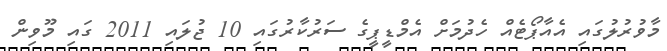
މާވުރުލުގައި އެއާޕޯޓެއް ހެދުމަށް އެމްޑީޕީގެ ސަރުކާރުގައި 10 ޖުލައި 2011 ގައި މޫވިން